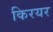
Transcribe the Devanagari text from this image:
किरयर